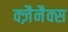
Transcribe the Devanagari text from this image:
क्ज़ैनैक्स